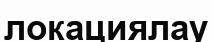
локациялау